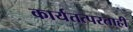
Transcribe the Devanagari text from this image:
कार्यतत्परताही